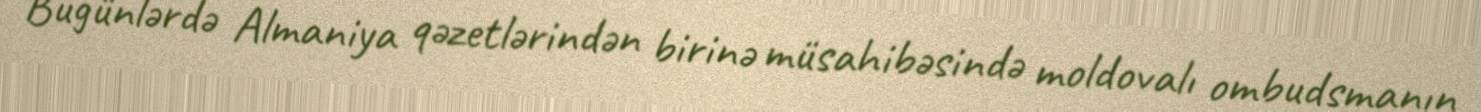
Bugünlərdə Almaniya qəzetlərindən birinə müsahibəsində moldovalı ombudsmanın